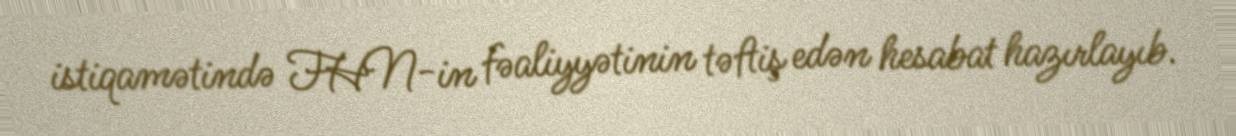
istiqamətində FHN-in fəaliyyətinin təftiş edən hesabat hazırlayıb.